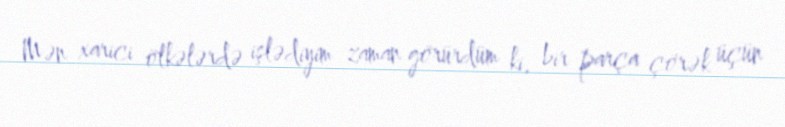
Mən xarici ölkələrdə işlədiyim zaman görürdüm ki, bir parça çörək üçün